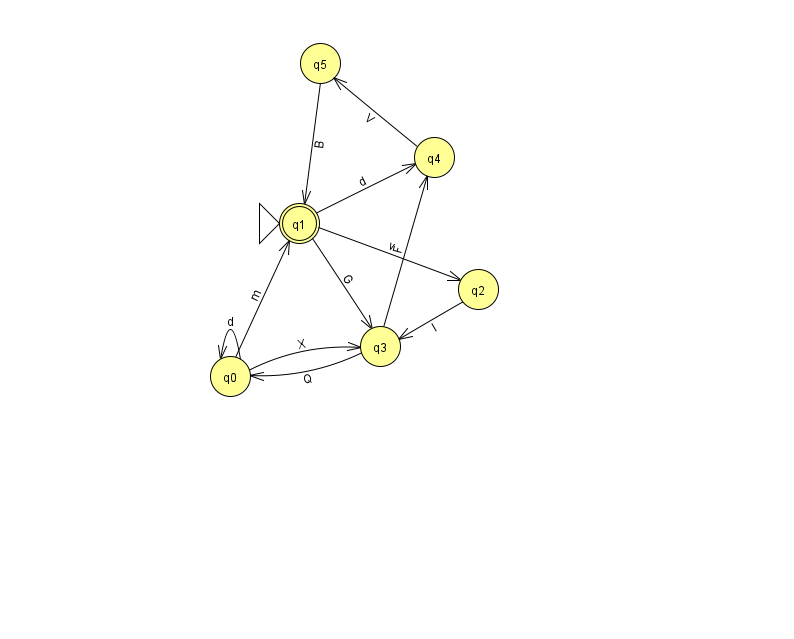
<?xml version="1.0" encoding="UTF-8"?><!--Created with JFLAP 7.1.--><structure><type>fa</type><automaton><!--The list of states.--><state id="0" name="q0"><x>230.0</x><y>363.0</y></state><state id="1" name="q1"><x>299.0</x><y>210.0</y><initial/><final/></state><state id="2" name="q2"><x>478.0</x><y>276.0</y></state><state id="3" name="q3"><x>380.0</x><y>333.0</y></state><state id="4" name="q4"><x>434.0</x><y>144.0</y></state><state id="5" name="q5"><x>320.0</x><y>50.0</y></state><!--The list of transitions.--><transition><from>0</from><to>3</to><read>X</read></transition><transition><from>0</from><to>1</to><read>m</read></transition><transition><from>1</from><to>2</to><read>v</read></transition><transition><from>1</from><to>3</to><read>G</read></transition><transition><from>0</from><to>0</to><read>d</read></transition><transition><from>5</from><to>1</to><read>B</read></transition><transition><from>2</from><to>3</to><read>I</read></transition><transition><from>3</from><to>0</to><read>Q</read></transition><transition><from>4</from><to>5</to><read>V</read></transition><transition><from>3</from><to>4</to><read>F</read></transition><transition><from>1</from><to>4</to><read>d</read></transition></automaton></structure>